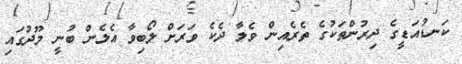
ކަނޑުއަޑީގެ ދިރުންތަކުގެ ތެރެއިން ވެލާ ދެކެ ވަރަށް ލޯބިވާ އެލެން ބުނީ މޫދުގައި